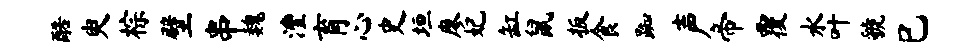
酷臾棕壁串魏澧育心史垣廖妃缸鼠扳食踟声帝覆水叶虢巳